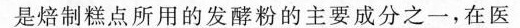
是焙制糕点所用的发酵粉的主要成分之一，在医